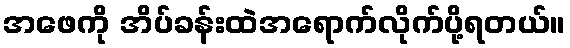
အဖေကို အိပ်ခန်းထဲအရောက်လိုက်ပို့ရတယ်။